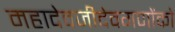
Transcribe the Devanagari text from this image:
महादेवजीदेवगणोंको